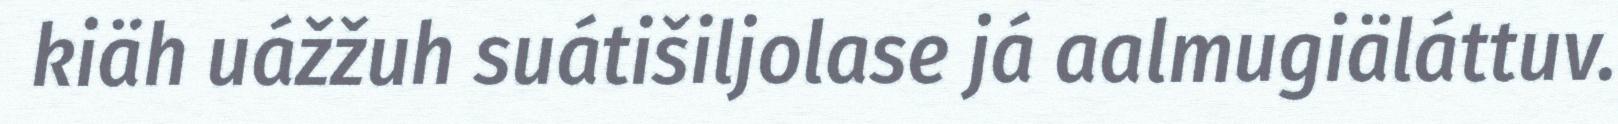
kiäh uážžuh suátišiljolase já aalmugiäláttuv.